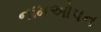
નામઓપન